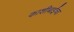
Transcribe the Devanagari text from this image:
काशीबाईंचा